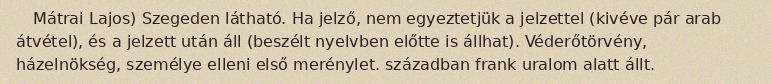
Mátrai Lajos) Szegeden látható. Ha jelző, nem egyeztetjük a jelzettel (kivéve pár arab átvétel), és a jelzett után áll (beszélt nyelvben előtte is állhat). Véderőtörvény, házelnökség, személye elleni első merénylet. században frank uralom alatt állt.